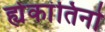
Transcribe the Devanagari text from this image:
ह्येकांतिनो